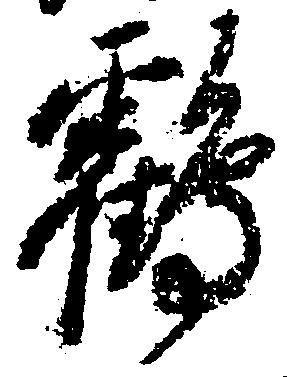
鶴